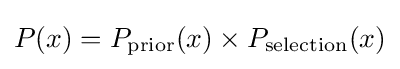
P(x)=P_{\mathrm {prior} }(x)\times P_{\mathrm {selection} }(x)